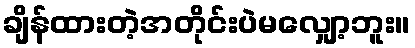
ချိန်ထားတဲ့အတိုင်းပဲမလျှော့ဘူး။